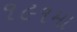
૧૯૧મા